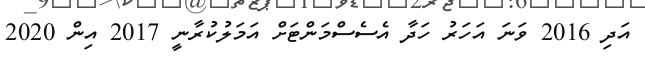
އަދި 2016 ވަނަ އަހަރު ހަދާ އެސެސްމަންޓަށް އަމަލުކުރާނީ 2017 އިން 2020